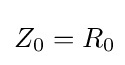
Z_{0}=R_{0}\!